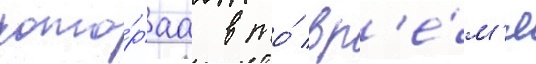
кото́раа в то́ вр'е́м'я